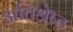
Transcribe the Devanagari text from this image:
अतिश्रेष्‍ठ